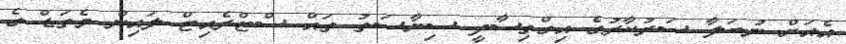
އެއަށް ނުބަލާ ސަރުކާރުގެ އިގްތިސާދީ ސިޔާސަތު ތައް ސްޓްރެއިޓް ލައިން މެތަޑް ގެ